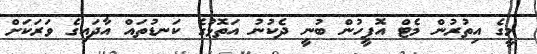
މީގެ އިތުރުން މެޓް އޮފީހުން ބުނީ ދެކުނު އަތޮޅުގެ ކަނޑުތައް އާދައިގެ ވަރަކަށް